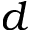
d